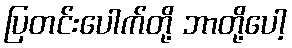
ပြတင်းပေါက်တို့ ဘာတို့ပေါ့